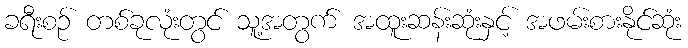
ခရီးစဉ် တစ်ခုလုံးတွင် သူ့အတွက် အထူးဆန်းဆုံးနှင့် အဖမ်းစားနိုင်ဆုံး